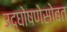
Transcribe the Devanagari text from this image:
उद्घोषणेसोबत